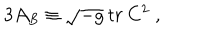
3 { \cal A } _ { B } \equiv \sqrt { - g } \: t r \: C ^ { 2 } \; , \; \; \;